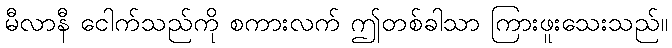
မီလာနီ ငေါက်သည်ကို စကားလက် ဤတစ်ခါသာ ကြားဖူးသေးသည်။